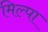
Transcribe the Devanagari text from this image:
मिल्पा